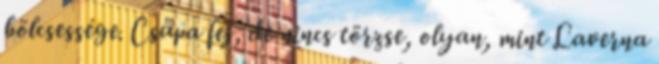
bölcsessége. Csupa fej, de nincs törzse, olyan, mint Laverna